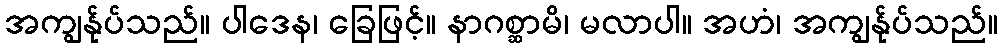
အကျွန်ုပ်သည်။ ပါဒေန၊ ခြေဖြင့်။ နာဂစ္ဆာမိ၊ မလာပါ။ အဟံ၊ အကျွန်ုပ်သည်။